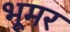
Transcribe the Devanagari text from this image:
भूमर